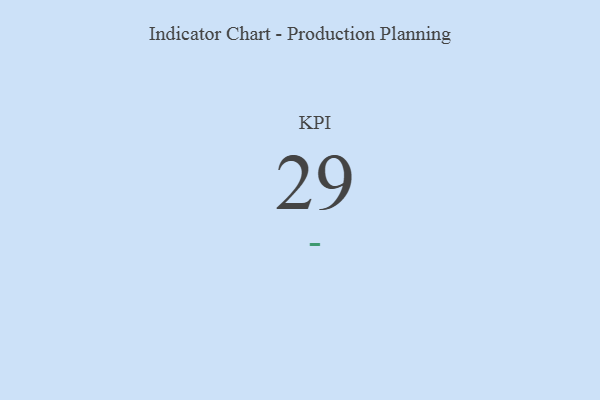
{"axis": {"x": "KPI", "y": "Value"}, "legend": [""], "data": [{"x": "KPI", "y": 29, "type": ""}]}